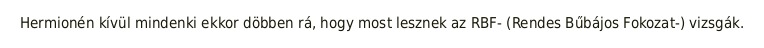
Hermionén kívül mindenki ekkor döbben rá, hogy most lesznek az RBF- (Rendes Bűbájos Fokozat-) vizsgák.